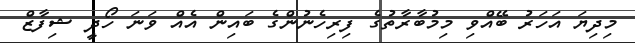
މިދިޔަ އަހަރު ބޭއްވި މިމުބާރާތުގެ ފިރިހެނުންގެ ބައިން އެއް ވަނަ ހޯދީ ޝިފާޒް